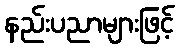
နည်းပညာများဖြင့်